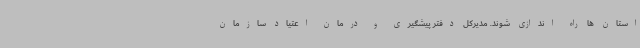
استان ها راه اندازی شوند. مدیرکل دفتر پیشگیری و درمان اعتیاد سازمان